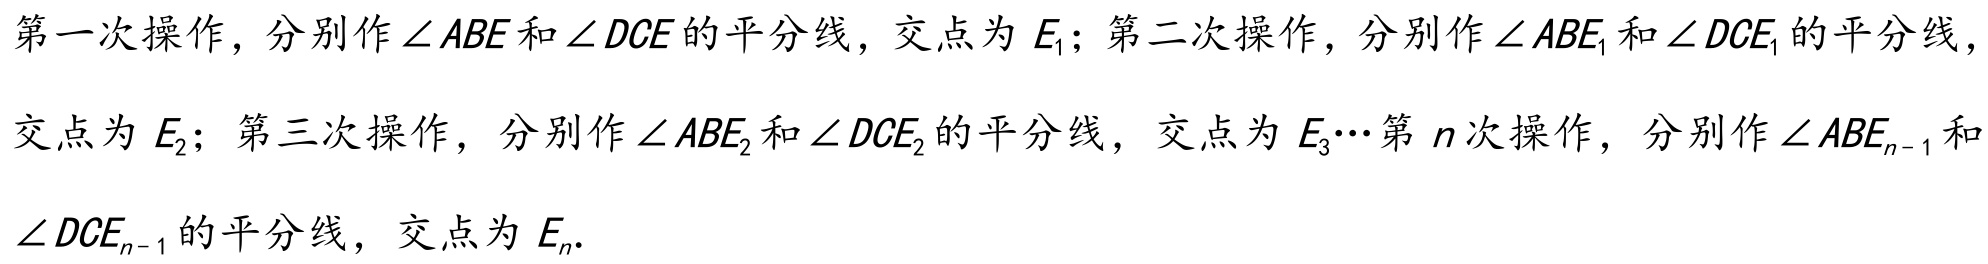
第一次操作，分别作\(\angle ABE\)和\(\angle DCE\)的平分线，交点为\(E_{1}\)；第二次操作，分别作\(\angle ABE_{1}\)和\(\angle DCE_{1}\)的平分线，
交点为\(E_{2}\)；第三次操作，分别作\(\angle ABE_{2}\)和\(\angle DCE_{2}\)的平分线，交点为\(E_{3}\cdots\)第\(n\)次操作，分别作\(\angle ABE_{n - 1}\)和
\(\angle DCE_{n - 1}\)的平分线，交点为\(E_{n}\).